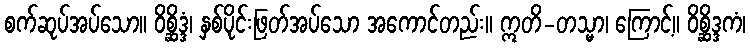
စက်ဆုပ်အပ်သော။ ဝိစ္ဆိဒ္ဒံ၊ နှစ်ပိုင်းဖြတ်အပ်သော အကောင်တည်း။ ဣတိ-တသ္မာ၊ ကြောင့်။ ဝိစ္ဆိဒ္ဒကံ၊